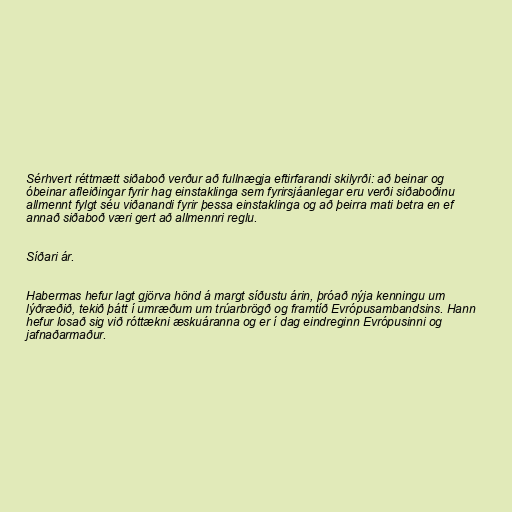
Sérhvert réttmætt siðaboð verður að fullnægja eftirfarandi skilyrði: að beinar og
óbeinar afleiðingar fyrir hag einstaklinga sem fyrirsjáanlegar eru verði siðaboðinu
allmennt fylgt séu viðanandi fyrir þessa einstaklinga og að þeirra mati betra en ef
annað siðaboð væri gert að allmennri reglu.

Síðari ár.

Habermas hefur lagt gjörva hönd á margt síðustu árin, þróað nýja kenningu um
lýðræðið, tekið þátt í umræðum um trúarbrögð og framtíð Evrópusambandsins. Hann
hefur losað sig við róttækni æskuáranna og er í dag eindreginn Evrópusinni og
jafnaðarmaður.